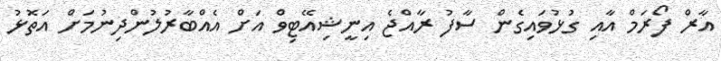
އާރް ފޯރަމް އާއި ގުޅުވައިގެން ސާފު ރާއްޖެ އިނީޝިއޭޓިވް އަށް އެއްބާރުލުންދިނުމަށް އަތޮޅު